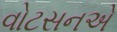
વોટસનએ